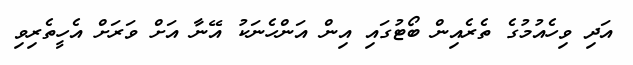
އަދި ވިހެއުމުގެ ތެރެއިން ބޯޓުގައި އިން އަންހެނަކު އޭނާ އަށް ވަރަށް އެހީތެރިވި